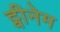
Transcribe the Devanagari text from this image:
ट्वीनेम